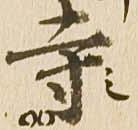
寺